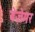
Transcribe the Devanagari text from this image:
बेज़ेमर